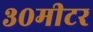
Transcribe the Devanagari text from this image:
३०मीटर